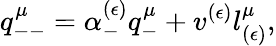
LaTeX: q_{--}^{\mu}=\alpha_{-}^{(\epsilon)}q_{-}^{\mu}+v^{(\epsilon)}l_{(\epsilon)}^{\mu},